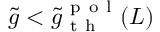
\tilde { g } < \tilde { g } _ { \mathrm { ~ t ~ h ~ } } ^ { \mathrm { ~ p ~ o ~ l ~ } } ( L )